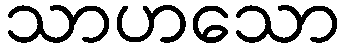
သာဟသော